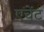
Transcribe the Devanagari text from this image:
एचेंट